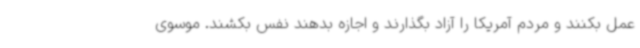
عمل بکنند و مردم آمریکا را آزاد بگذارند و اجازه بدهند نفس بکشند. موسوی